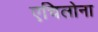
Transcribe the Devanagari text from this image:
एचिलोना